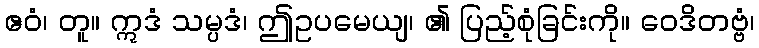
ဧဝံ၊ တူ။ ဣဒံ သမ္ပဒံ၊ ဤဥပမေယျ၊ ၏ ပြည့်စုံခြင်းကို။ ဝေဒိတဗ္ဗံ၊